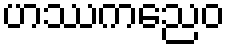
ဟဿကညေဝ